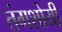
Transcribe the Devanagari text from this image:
तंगशोयी